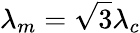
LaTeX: \lambda_{m}=\sqrt{3}\lambda_{c}